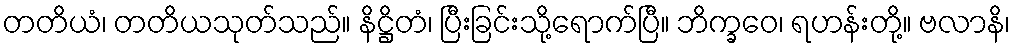
တတိယံ၊ တတိယသုတ်သည်။ နိဋ္ဌိတံ၊ ပြီးခြင်းသို့ရောက်ပြီ။ ဘိက္ခဝေ၊ ရဟန်းတို့။ ဗလာနိ၊